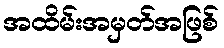
အထိမ်းအမှတ်အဖြစ်